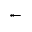
\twoheadleftarrow